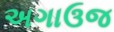
અગાઉજ